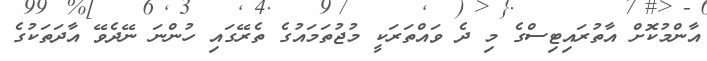
އާންމުކޮށް އާތުރައިޓިސްގެ މި ދެ ވައްތަރަކީ މުޖުތަމައުގެ ތެރޭގައި ހުންނަ ނޭދެވޭ އާދަތަކުގެ